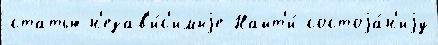
статью н'езав'и́с'имыjе Найт'и́ состоjа́н'иjу